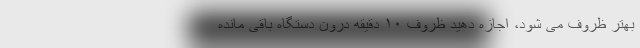
بهتر ظروف می شود، اجازه دهید ظروف ۱۰ دقیقه درون دستگاه باقی مانده